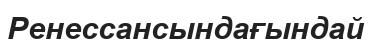
Ренессансындағындай